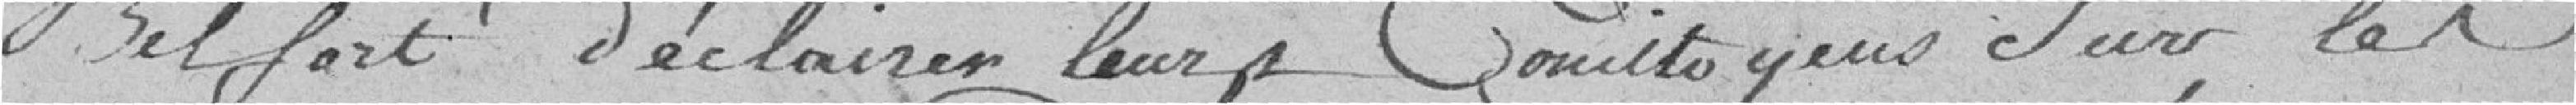
Belfort d'éclairer leurs concitoyens sur les